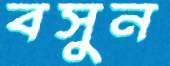
বসুন